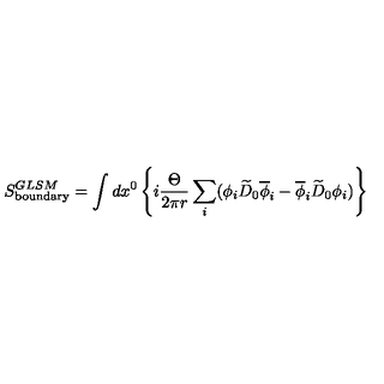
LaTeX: S _ { \mathrm { b o u n d a r y } } ^ { G L S M } = \int d x ^ { 0 } \left\{ i { \frac { \Theta } { 2 \pi r } } \sum _ { i } ( \phi _ { i } \widetilde { D } _ { 0 } \overline { { \phi } } _ { i } - \overline { { \phi } } _ { i } \widetilde { D } _ { 0 } \phi _ { i } ) \right\}